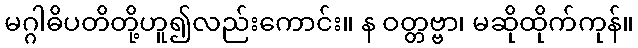
မဂ္ဂါဓိပတိတို့ဟူ၍လည်းကောင်း။ န ဝတ္တဗ္ဗာ၊ မဆိုထိုက်ကုန်။